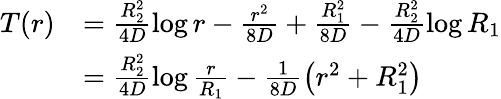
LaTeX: \begin{array}{rl}{T(r)}&{=\frac{R_{2}^{2}}{4D}\log r-\frac{r^{2}}{8D}+\frac{R_{1}^{2}}{8D}-\frac{R_{2}^{2}}{4D}\log R_{1}}\\ &{=\frac{R_{2}^{2}}{4D}\log\frac{r}{R_{1}}-\frac{1}{8D}\left(r^{2}+R_{1}^{2}\right)}\end{array}